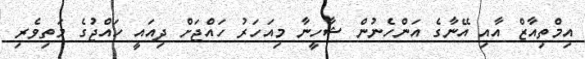
އިމްތިއާޒް އާއި އޭނާގެ އަންހެނުން ޝާހީނާ މިއަހަރު ހައްޖަށް ދިއައީ ހައްޖުގެ މަތިވެރި